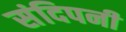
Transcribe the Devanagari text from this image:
संदिपनी